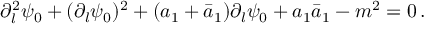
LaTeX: \partial _ { l } ^ { 2 } \psi _ { 0 } + ( \partial _ { l } \psi _ { 0 } ) ^ { 2 } + ( a _ { 1 } + \bar { a } _ { 1 } ) \partial _ { l } \psi _ { 0 } + a _ { 1 } \bar { a } _ { 1 } - m ^ { 2 } = 0 \, .